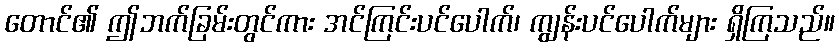
တောင်၏ ဤဘက်ခြမ်းတွင်ကား အင်ကြင်းပင်ပေါက်၊ ကျွန်းပင်ပေါက်များ ရှိကြသည်။